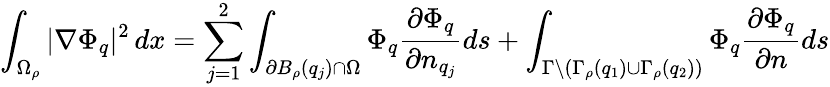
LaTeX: \int_{\Omega_{\rho}}|\nabla\Phi_{q}|^{2}\, dx=\sum_{j=1}^{2}\int_{\partial B_{\rho}(q_{j})\cap\Omega}\Phi_{q}\frac{\partial\Phi_{q}}{\partial n_{q_{j}}}ds+\int_{\Gamma\setminus(\Gamma_{\rho}(q_{1})\cup\Gamma_{\rho}(q_{2}))}\Phi_{q}\frac{\partial\Phi_{q}}{\partial n}ds